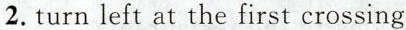
2.turn left at the first crossing